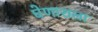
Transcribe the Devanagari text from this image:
घेणाराला